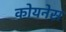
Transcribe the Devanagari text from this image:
कोयनेस